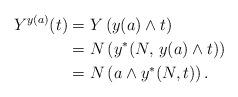
LaTeX: \begin{align*} Y^{y(a)}(t)&=Y\left(y(a)\wedge t\right)\\ &=N\left(y^{*}(N,\, y(a)\wedge t)\right)\\ &=N\left(a\wedge y^{*}(N,t)\right).\end{align*}